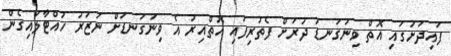
ފައިދަށުގައި އޮތް ވިނަގަނޑު ދުރަށް ފެތުރިފައި އޮތްއިރު އެ ވިނަގަނޑަށް ނަޒަރު ހުއްޓާލައިގެން